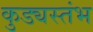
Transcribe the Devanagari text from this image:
कुड्यस्तंभ